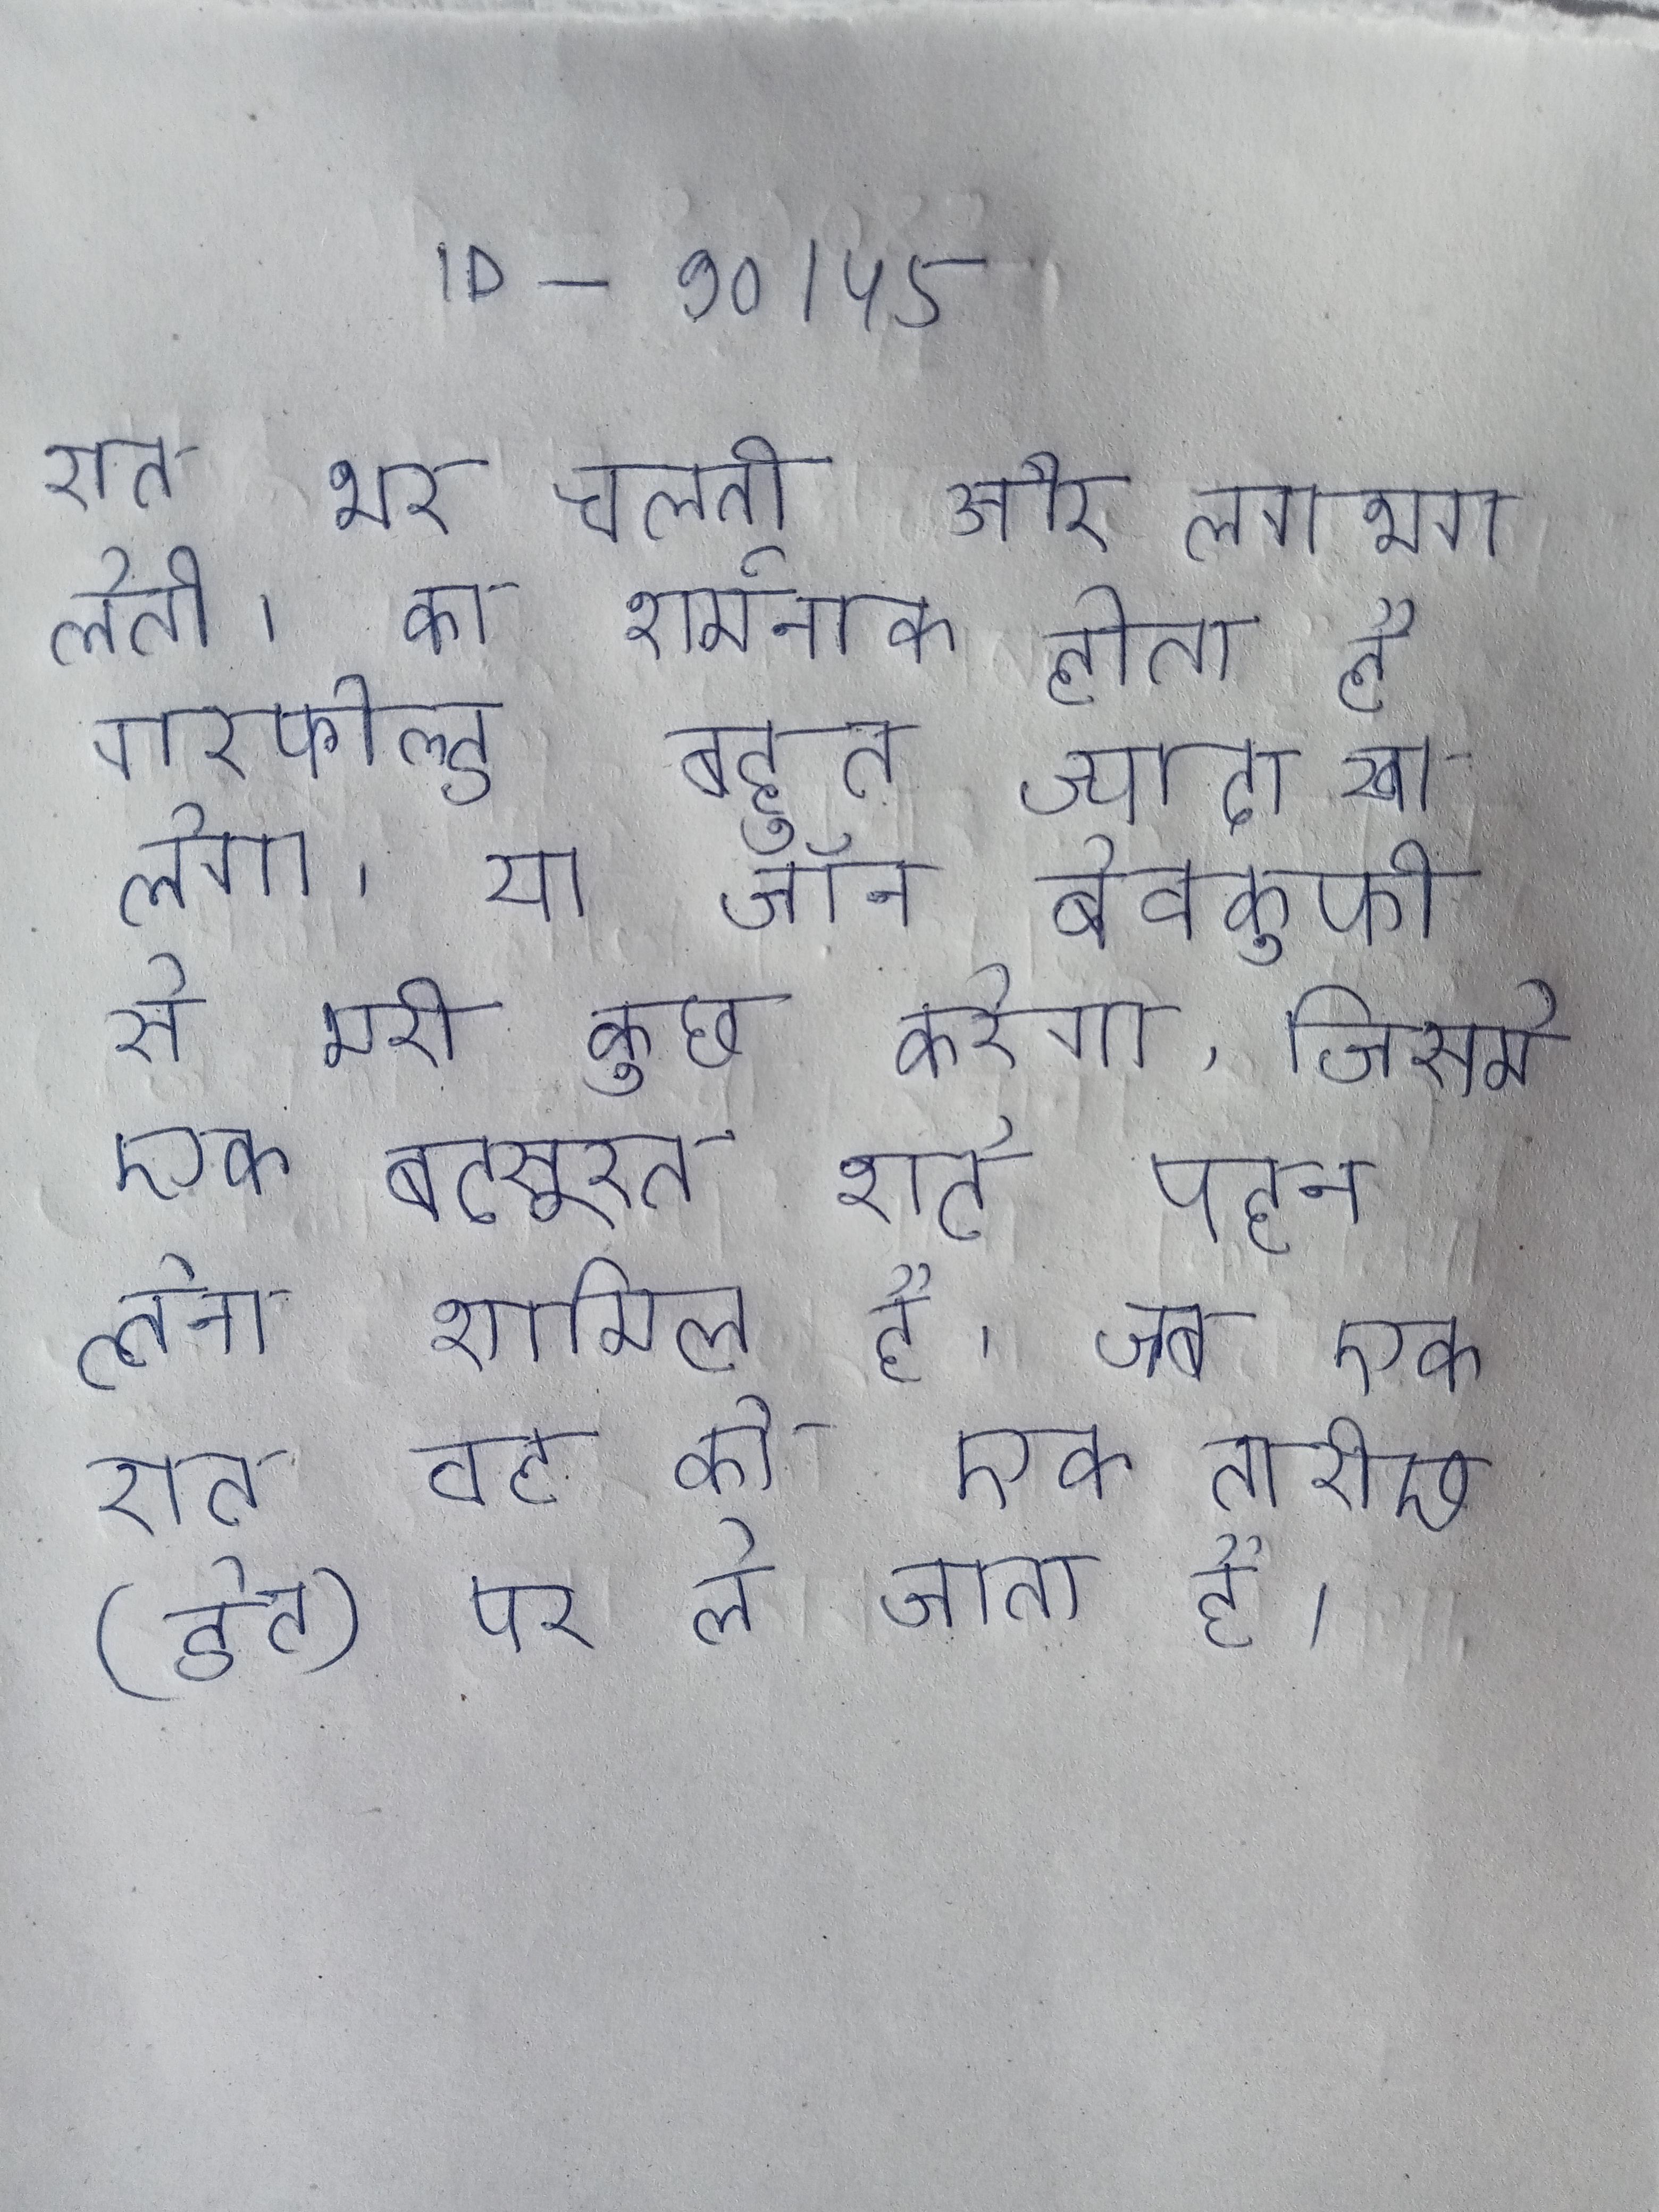
रात भर चलती और लगभग लेती । का शर्मनाक होता है गारफील्ड बहुत ज्यादा खा लेगा, या जॉन बेवकूफी से भरी कुछ करेगा, जिसमे एक बदसूरत शर्ट पहन लेना शामिल है, जब एक रात वह को एक तारीख (डेट) पर ले जाता है ।